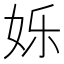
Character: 𮰽